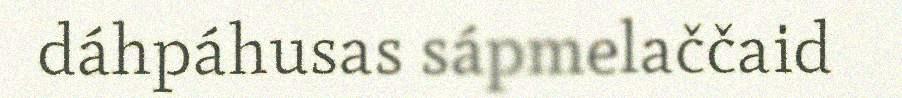
dáhpáhusas sápmelaččaid